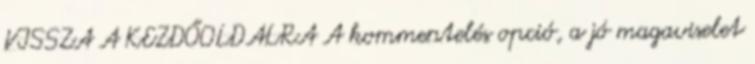
VISSZA A KEZDŐOLDALRA A kommentelés opció, a jó magaviselet